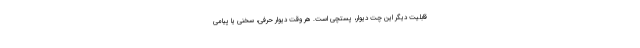
قابلیت دیگر این چت دیوار، پستچی است. هر وقت دیوار حرفی، سخنی یا پیامی